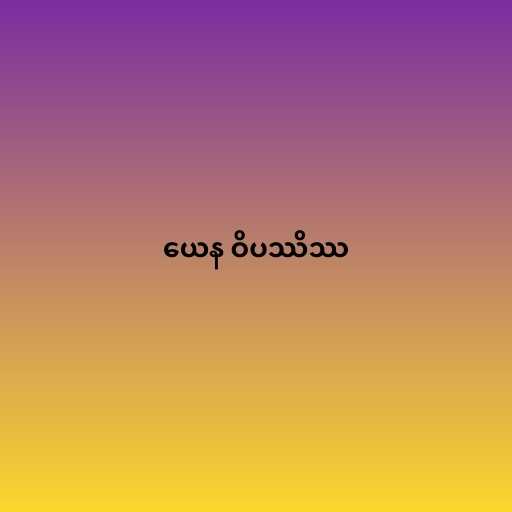
ယေန ဝိပဿိဿ